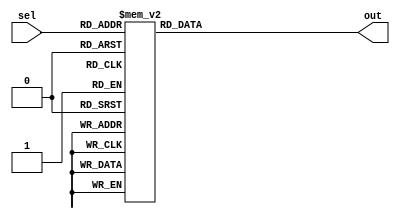
`timescale 1ns / 1ps

module decoder3_8(out, sel);


  input [2:0] sel;
  output reg [7:0] out;

  always @(sel,out)
	 case (sel)
		 3'b000  : out = 8'b00000001;
		 3'b001  : out = 8'b00000010;
		 3'b010  : out = 8'b00000100;
		 3'b011  : out = 8'b00001000;
		 3'b100  : out = 8'b00010000;
		 3'b101  : out = 8'b00100000;
		 3'b110  : out = 8'b01000000;
		 3'b111	: out = 8'b10000000;
	 endcase

endmodule